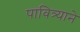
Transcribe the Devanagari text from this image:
पावित्र्याने